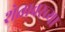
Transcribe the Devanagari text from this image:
शेतावरच्या